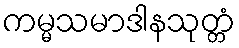
ကမ္မသမာဒါနသုတ္တံ